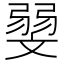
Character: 𰕛